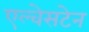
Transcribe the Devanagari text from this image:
एल्वेसटेन